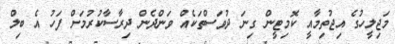
މަޖިލީހުގެ އިޖުތިމާއީ ކޮމިޓީން ގިނަ ދުވަސްތަކެއް ވަންދެން ދިރާސާކުރުމަށް ފަހު އެ ބިލް